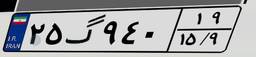
۲۵گ۹۴۰۱۹